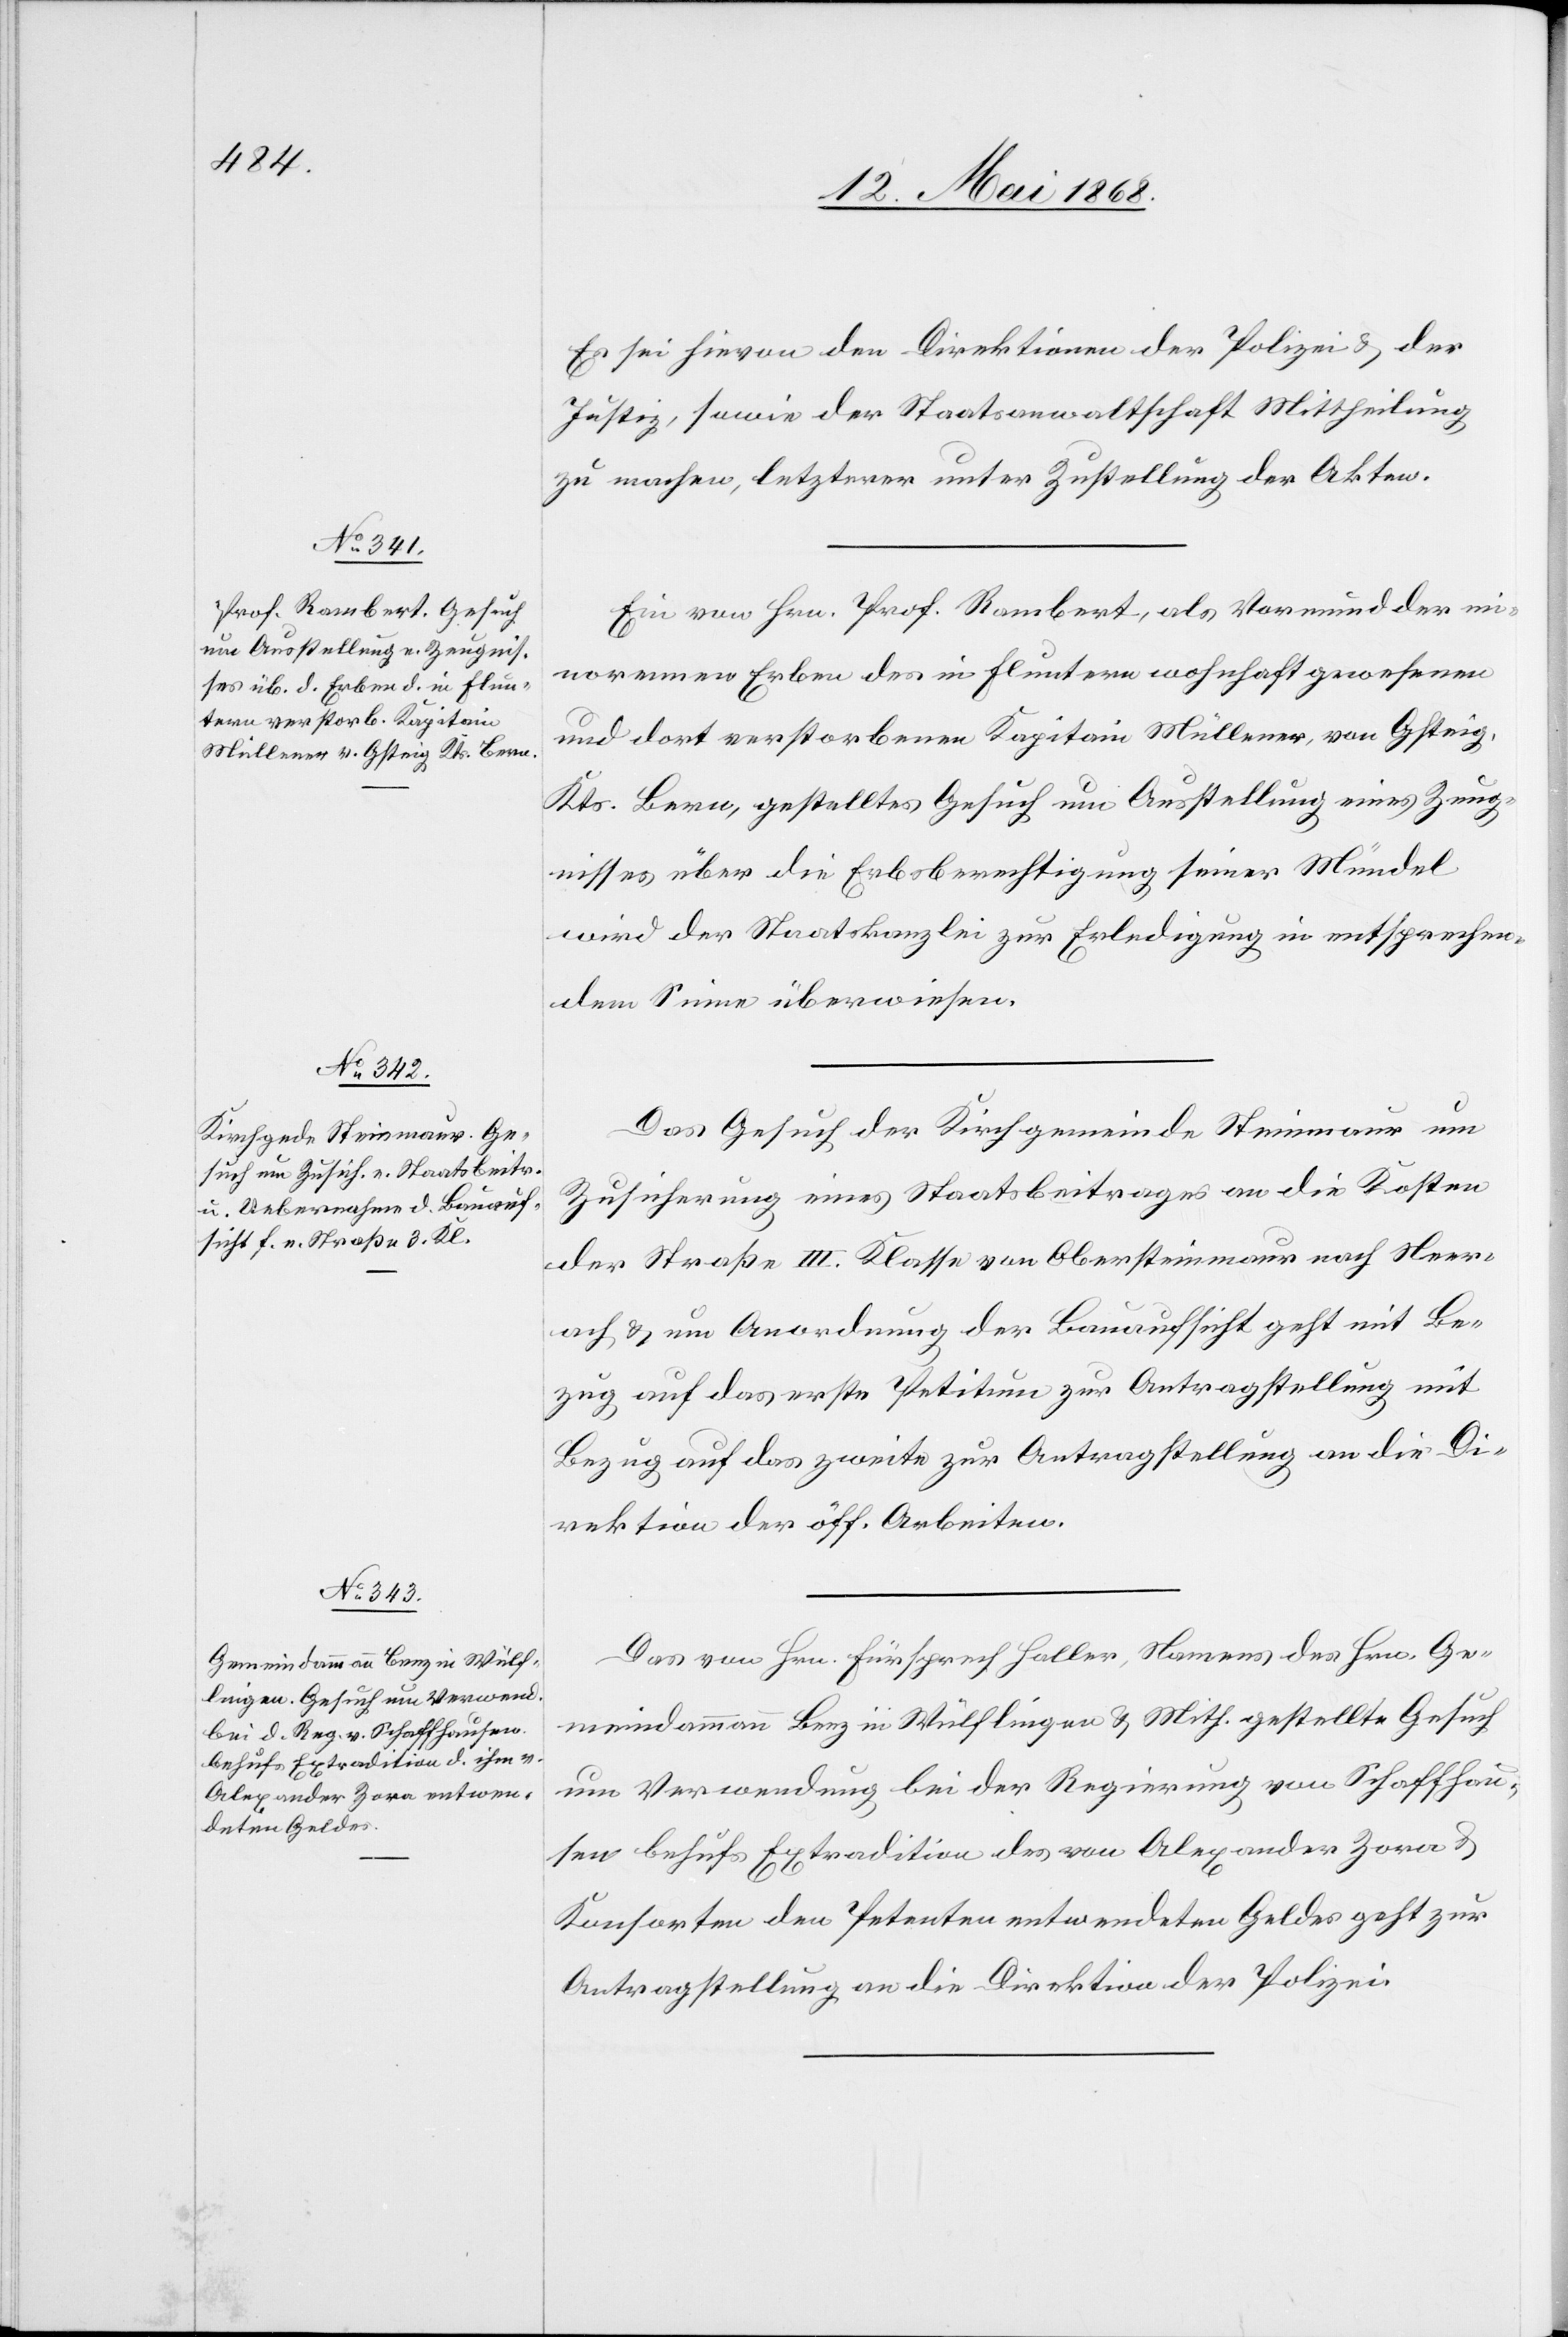
18. Mai 1868.]
Es sei hievon den Direktionen der Polizei & der
Justiz, sowie der Staatsanwaltschaft Mittheilung
zu machen, letzterer unter Zustellung der Akten.
Ein von Hrn. Prof. Rambert, als Vormund der mi¬
norennen Erben des in Fluntern wohnhaft gewesenen
und dort verstorbenen Kapitain Müllener, von Gsteig,
Kts. Bern, gestelltes Gesuch um Ausstellung eines Zeug¬
nisses über die Erbsberechtigung seiner Mündel
wird der Staatskanzlei zur Erledigung in entsprechen¬
dem Sinne überwiesen.
Das Gesuch der Kirchgemeinde Steinmaur um
Zusicherung eines Staatsbeitrages an die Kosten
der Straße III. Klasse von Obersteinmaur nach Neer¬
ach & um Anordnung der Bauaufsicht geht mit Be¬
zug auf das erste Petitum zur Antragstellung[,] mit
Bezug auf das zweite zur Antragstellung an die Di¬
rektion der öff. Arbeiten.
Das von Hrn. Fürsprech Haller, Namens des Hrn. Ge¬
meindammann Benz in Wülflingen & Mith. gestellte Gesuch
um Verwendung bei der Regierung von Schaffhau¬
sen behufs Extradition des von Alexander Zora &
Konsorten den Petenten entwendeten Geldes geht zur
Antragstellung an die Direktion der Polizei.